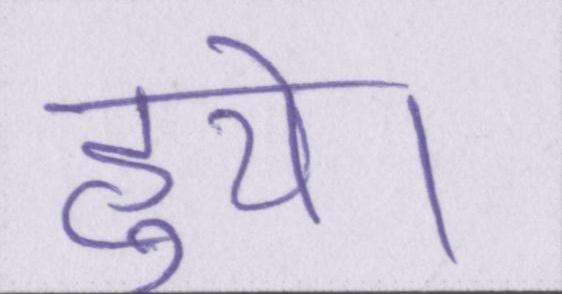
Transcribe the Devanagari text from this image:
हुये।